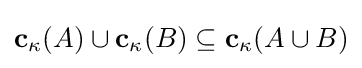
\mathbf {c} _{\kappa }(A)\cup \mathbf {c} _{\kappa }(B)\subseteq \mathbf {c} _{\kappa }(A\cup B)